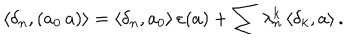
\langle \delta _ { n } , ( a _ { 0 } \, a ) \rangle = \langle \delta _ { n } , a _ { 0 } \rangle \, \varepsilon ( a ) + \sum \lambda _ { n } ^ { k } \, \langle \delta _ { k } , a \rangle \, .